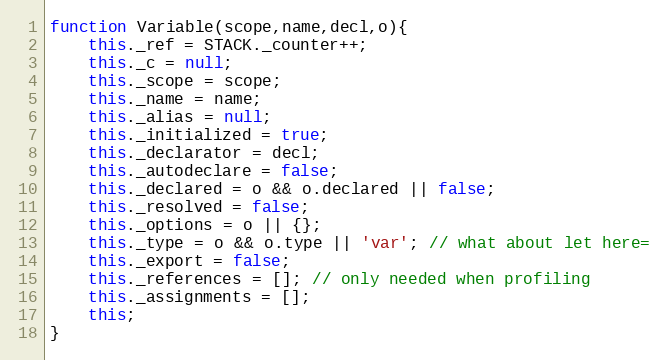
Language: JavaScript
function Variable(scope,name,decl,o){
	this._ref = STACK._counter++;
	this._c = null;
	this._scope = scope;
	this._name = name;
	this._alias = null;
	this._initialized = true;
	this._declarator = decl;
	this._autodeclare = false;
	this._declared = o && o.declared || false;
	this._resolved = false;
	this._options = o || {};
	this._type = o && o.type || 'var'; // what about let here=
	this._export = false;
	this._references = []; // only needed when profiling
	this._assignments = [];
	this;
}